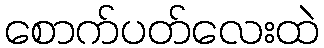
စောက်ပတ်လေးထဲ